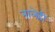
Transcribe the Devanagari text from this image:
नालेही